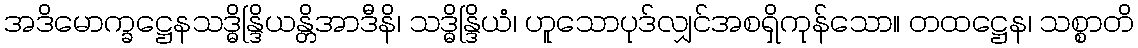
အဒိမောက္ခဋ္ဌေနသဒ္ဓိန္ဒြိယန္တိအာဒီနိ၊ သဒ္ဓိန္ဒြိယံ၊ ဟူသောပုဒ်လျှင်အစရှိကုန်သော။ တထဋ္ဌေန၊ သစ္စာတိ